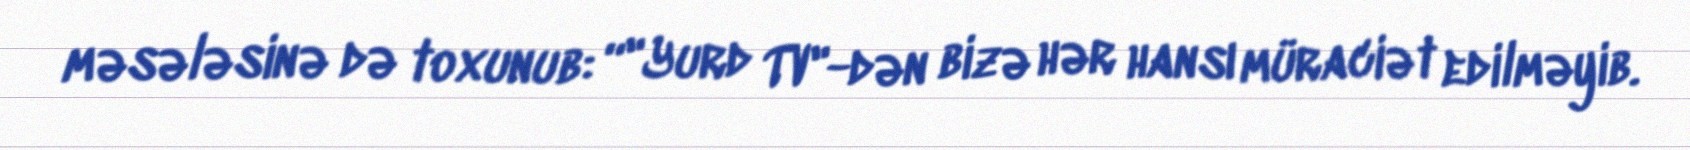
məsələsinə də toxunub: “"Yurd TV"-dən bizə hər hansı müraciət edilməyib.